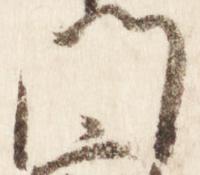
門